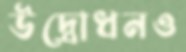
উদ্বোধনও